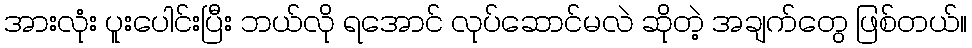
အားလုံး ပူးပေါင်းပြီး ဘယ်လို ရအောင် လုပ်ဆောင်မလဲ ဆိုတဲ့ အချက်တွေ ဖြစ်တယ်။